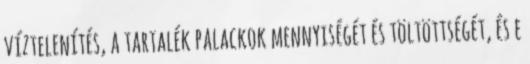
víztelenítés, a tartalék palackok mennyiségét és töltöttségét, és e